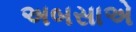
અબસાએ